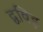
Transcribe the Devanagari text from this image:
द्वविड़